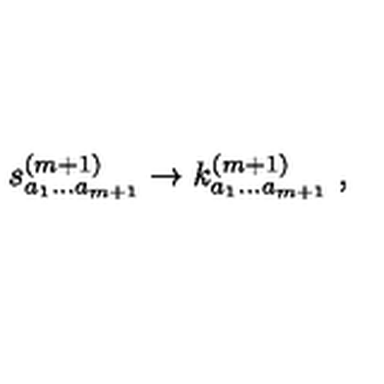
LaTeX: s _ { a _ { 1 } \ldots a _ { m + 1 } } ^ { ( m + 1 ) } \rightarrow k _ { a _ { 1 } \ldots a _ { m + 1 } } ^ { ( m + 1 ) } \ ,